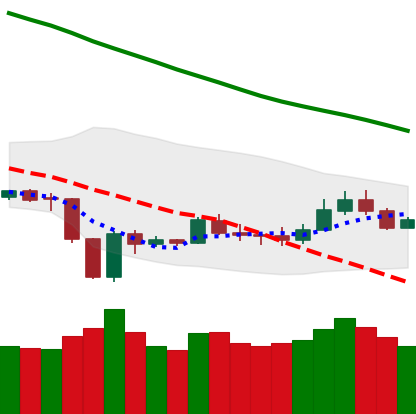
Ticker: LTC-USD
Chart end date: 2020-01-01
Forward return: 9.041%
Label: up_7plus